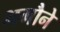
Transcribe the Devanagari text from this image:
भगौने